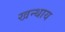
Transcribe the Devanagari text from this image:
खन्थाय